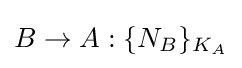
B\rightarrow A:\{N_{B}\}_{K_{A}}